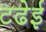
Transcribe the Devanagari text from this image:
टढेई